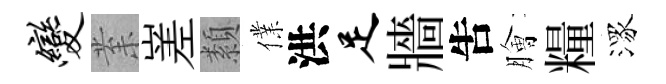
变𭪙嵳纇㒒洪足牆吿膾糧潈